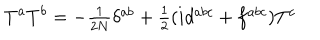
LaTeX: T ^ { a } T ^ { b } = - \textstyle { \frac { 1 } { 2 N } } \delta ^ { a b } + \textstyle { \frac { 1 } { 2 } } ( i d ^ { a b c } + f ^ { a b c } ) T ^ { c }